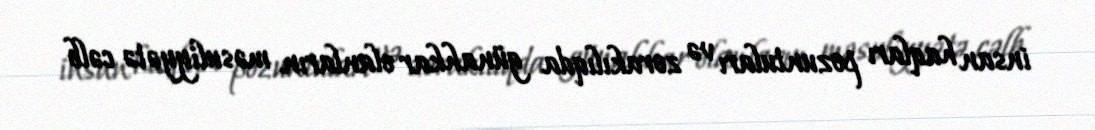
insan haqları pozuntuları və zorakılıqda günahkar olanların məsuliyyətə cəlb